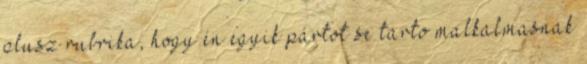
plusz rubrika, hogy én egyik pártot se tarto malkalmasnak